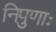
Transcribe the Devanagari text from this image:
निपुणाः